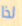
لذا